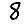
Digit: 8